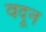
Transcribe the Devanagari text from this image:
वदून